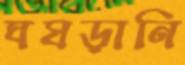
ঘষড়ানি